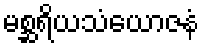
မစ္ဆရိယသံယောဇနံ